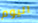
اليوم